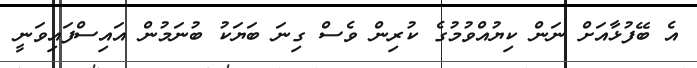
އެ ބޭފުޅާއަށް ނަން ކިޔުއްވުމުގެ ކުރިން ވެސް ގިނަ ބަޔަކު ބުނަމުން އައިސްފައިވަނީ